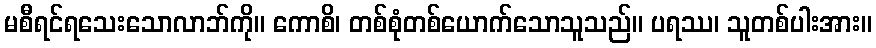
မစီရင်ရသေးသောလာဘ်ကို။ ကောစိ၊ တစ်စုံတစ်ယောက်သောသူသည်။ ပရဿ၊ သူတစ်ပါးအား။